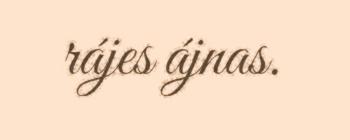
rájes ájnas.